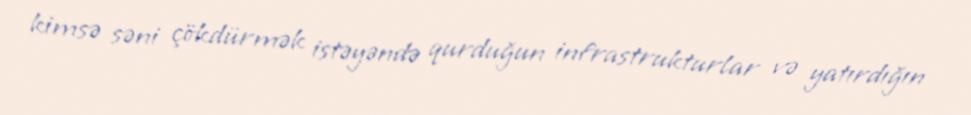
kimsə səni çökdürmək istəyəndə qurduğun infrastrukturlar və yatırdığın